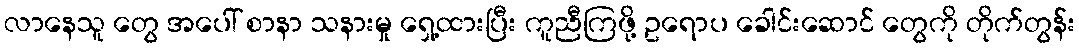
လာနေသူ တွေ အပေါ် စာနာ သနားမှု ရှေ့ထားပြီး ကူညီကြဖို့ ဥရောပ ခေါင်းဆောင် တွေကို တိုက်တွန်း